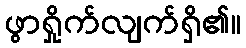
ဖွာရှိုက်လျက်ရှိ၏။